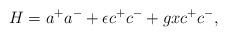
LaTeX: \begin{align*}H=a^+a^-+\epsilon c^+c^- + gxc^+c^-,\end{align*}